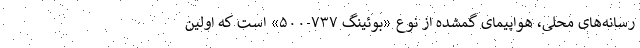
رسانه‌های محلی، هواپیمای گمشده از نوع «بوئینگ ۷۳۷-۵۰۰» است که اولین